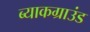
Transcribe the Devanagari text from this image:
ब्याकग्राउंड